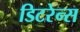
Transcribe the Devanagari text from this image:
डिटरेन्स